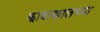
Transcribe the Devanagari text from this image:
झाडाखालच्या